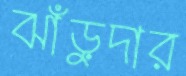
ঝাঁড়ুদার